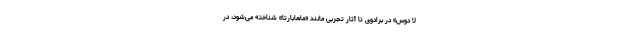
لا دوس» در برادوی تا آثار تجربی مانند «ماهابارتا» شناخته می‌شود، در